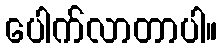
ပေါက်လာတာပါ။